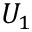
U _ { 1 }